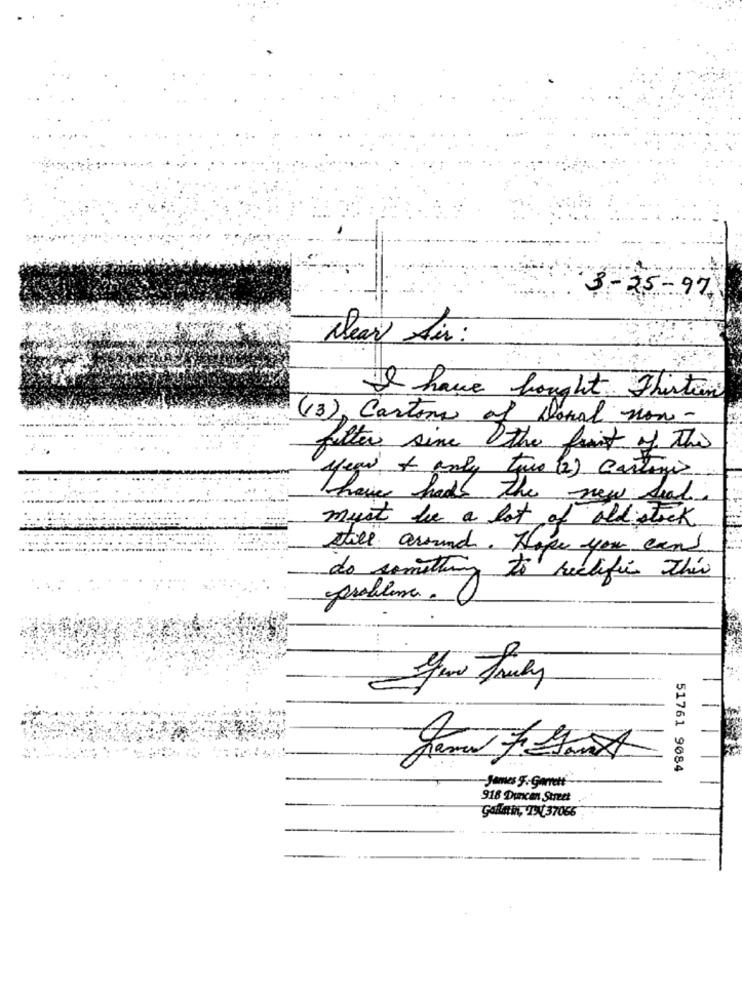
3 - 25 - 97
Dear Sir :
I have bought Thirten
(3), Cartone of Donal non-
filter since the fruit of the
year & andy two (2) casting
have had the new Seal
must be a lot of old stock
still around. Hope you cans
do something to rectifie this
problema.
1
51761 9084
-James 5. gement"
918 Duncan Street